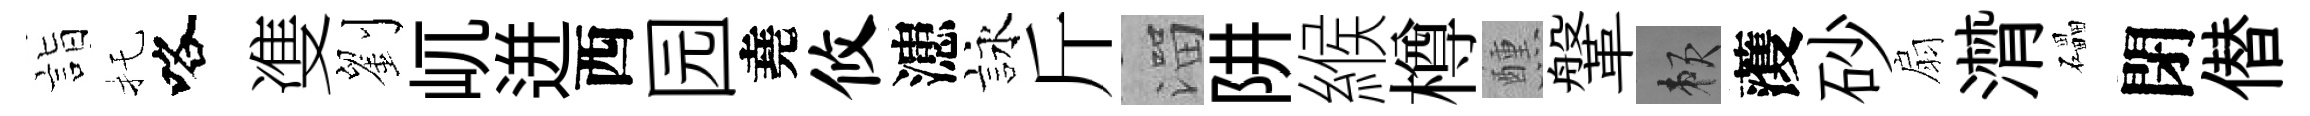
詣托咯㕠劉屼迸西园堯攸漶詠斤溜阱緱樽醺鞶賴𮑮砂扇潸礧閉僣